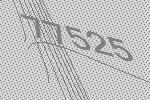
77525